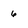
Character: 6